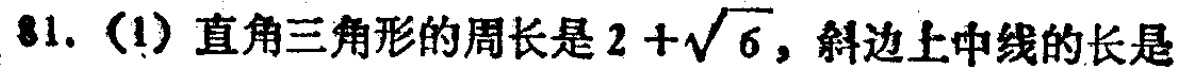
81. (1) 直角三角形的周长是\(2 + \sqrt{6}\)，斜边上中线的长是